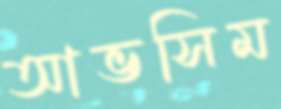
আভসিম